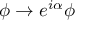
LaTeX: \phi \rightarrow e ^ { i \alpha } \phi